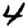
Digit: 4